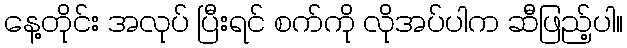
နေ့တိုင်း အလုပ် ပြီးရင် စက်ကို လိုအပ်ပါက ဆီဖြည့်ပါ။